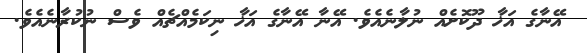
އޭނާގެ އަޚާ ދޫކޮށެއް ނުލާނެއެވެ. އޭނާ އޭނާގެ އަޚާ ނިކަމެއްޗެއް ވެސް ނުކުރާނެއެވެ.